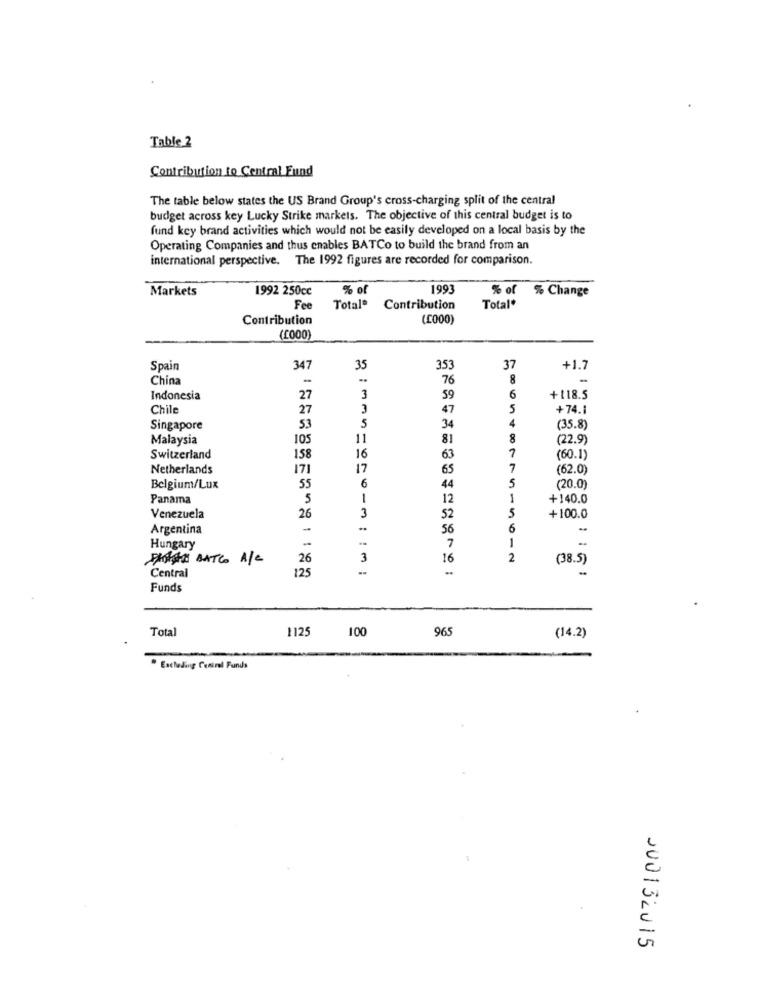
Table 2
Contribution to Central Fund
The table below states the US Brand Group's cross-charging split of the central
budget across key Lucky Strike markets. The objective of this central budget is to
fund key brand activities which would not be easily developed on a local basis by the
Operating Companies and thus enables BATCo to build the brand from an
international perspective. The 1992 figures are recorded for comparison.
Markets
1992 250cc
% of
199
% of % Change
Fee
Total®
Contribution
Total*
Contribution
(C000)
(£000)
Spain
347
35
353
37
+1.7
China
-
76
8
Indonesia
27
3
59
6
+118.5
Chile
27
3
47
5
+74.
4
Singapore
53
5
34
(35.8)
Malaysia
105
11
81
8
(22.9)
Switzerland
158
16
63
7
(60.1)
Netherlands
171
17
65
7
(62.0)
44
Belgium/Lux
55
6
5
(20.0)
Panama
5
1
12
1
+140.0
Venezuela
26
3
52
5
+100.0
Argentina
-
56
6
-
1
Hungary
-
7
PARASTA BATCO A/C
26
3
16
2
(38.5)
125
Central
Funds
Total
1125
965
100
(14.2)
Excluding Central Funds
200132015